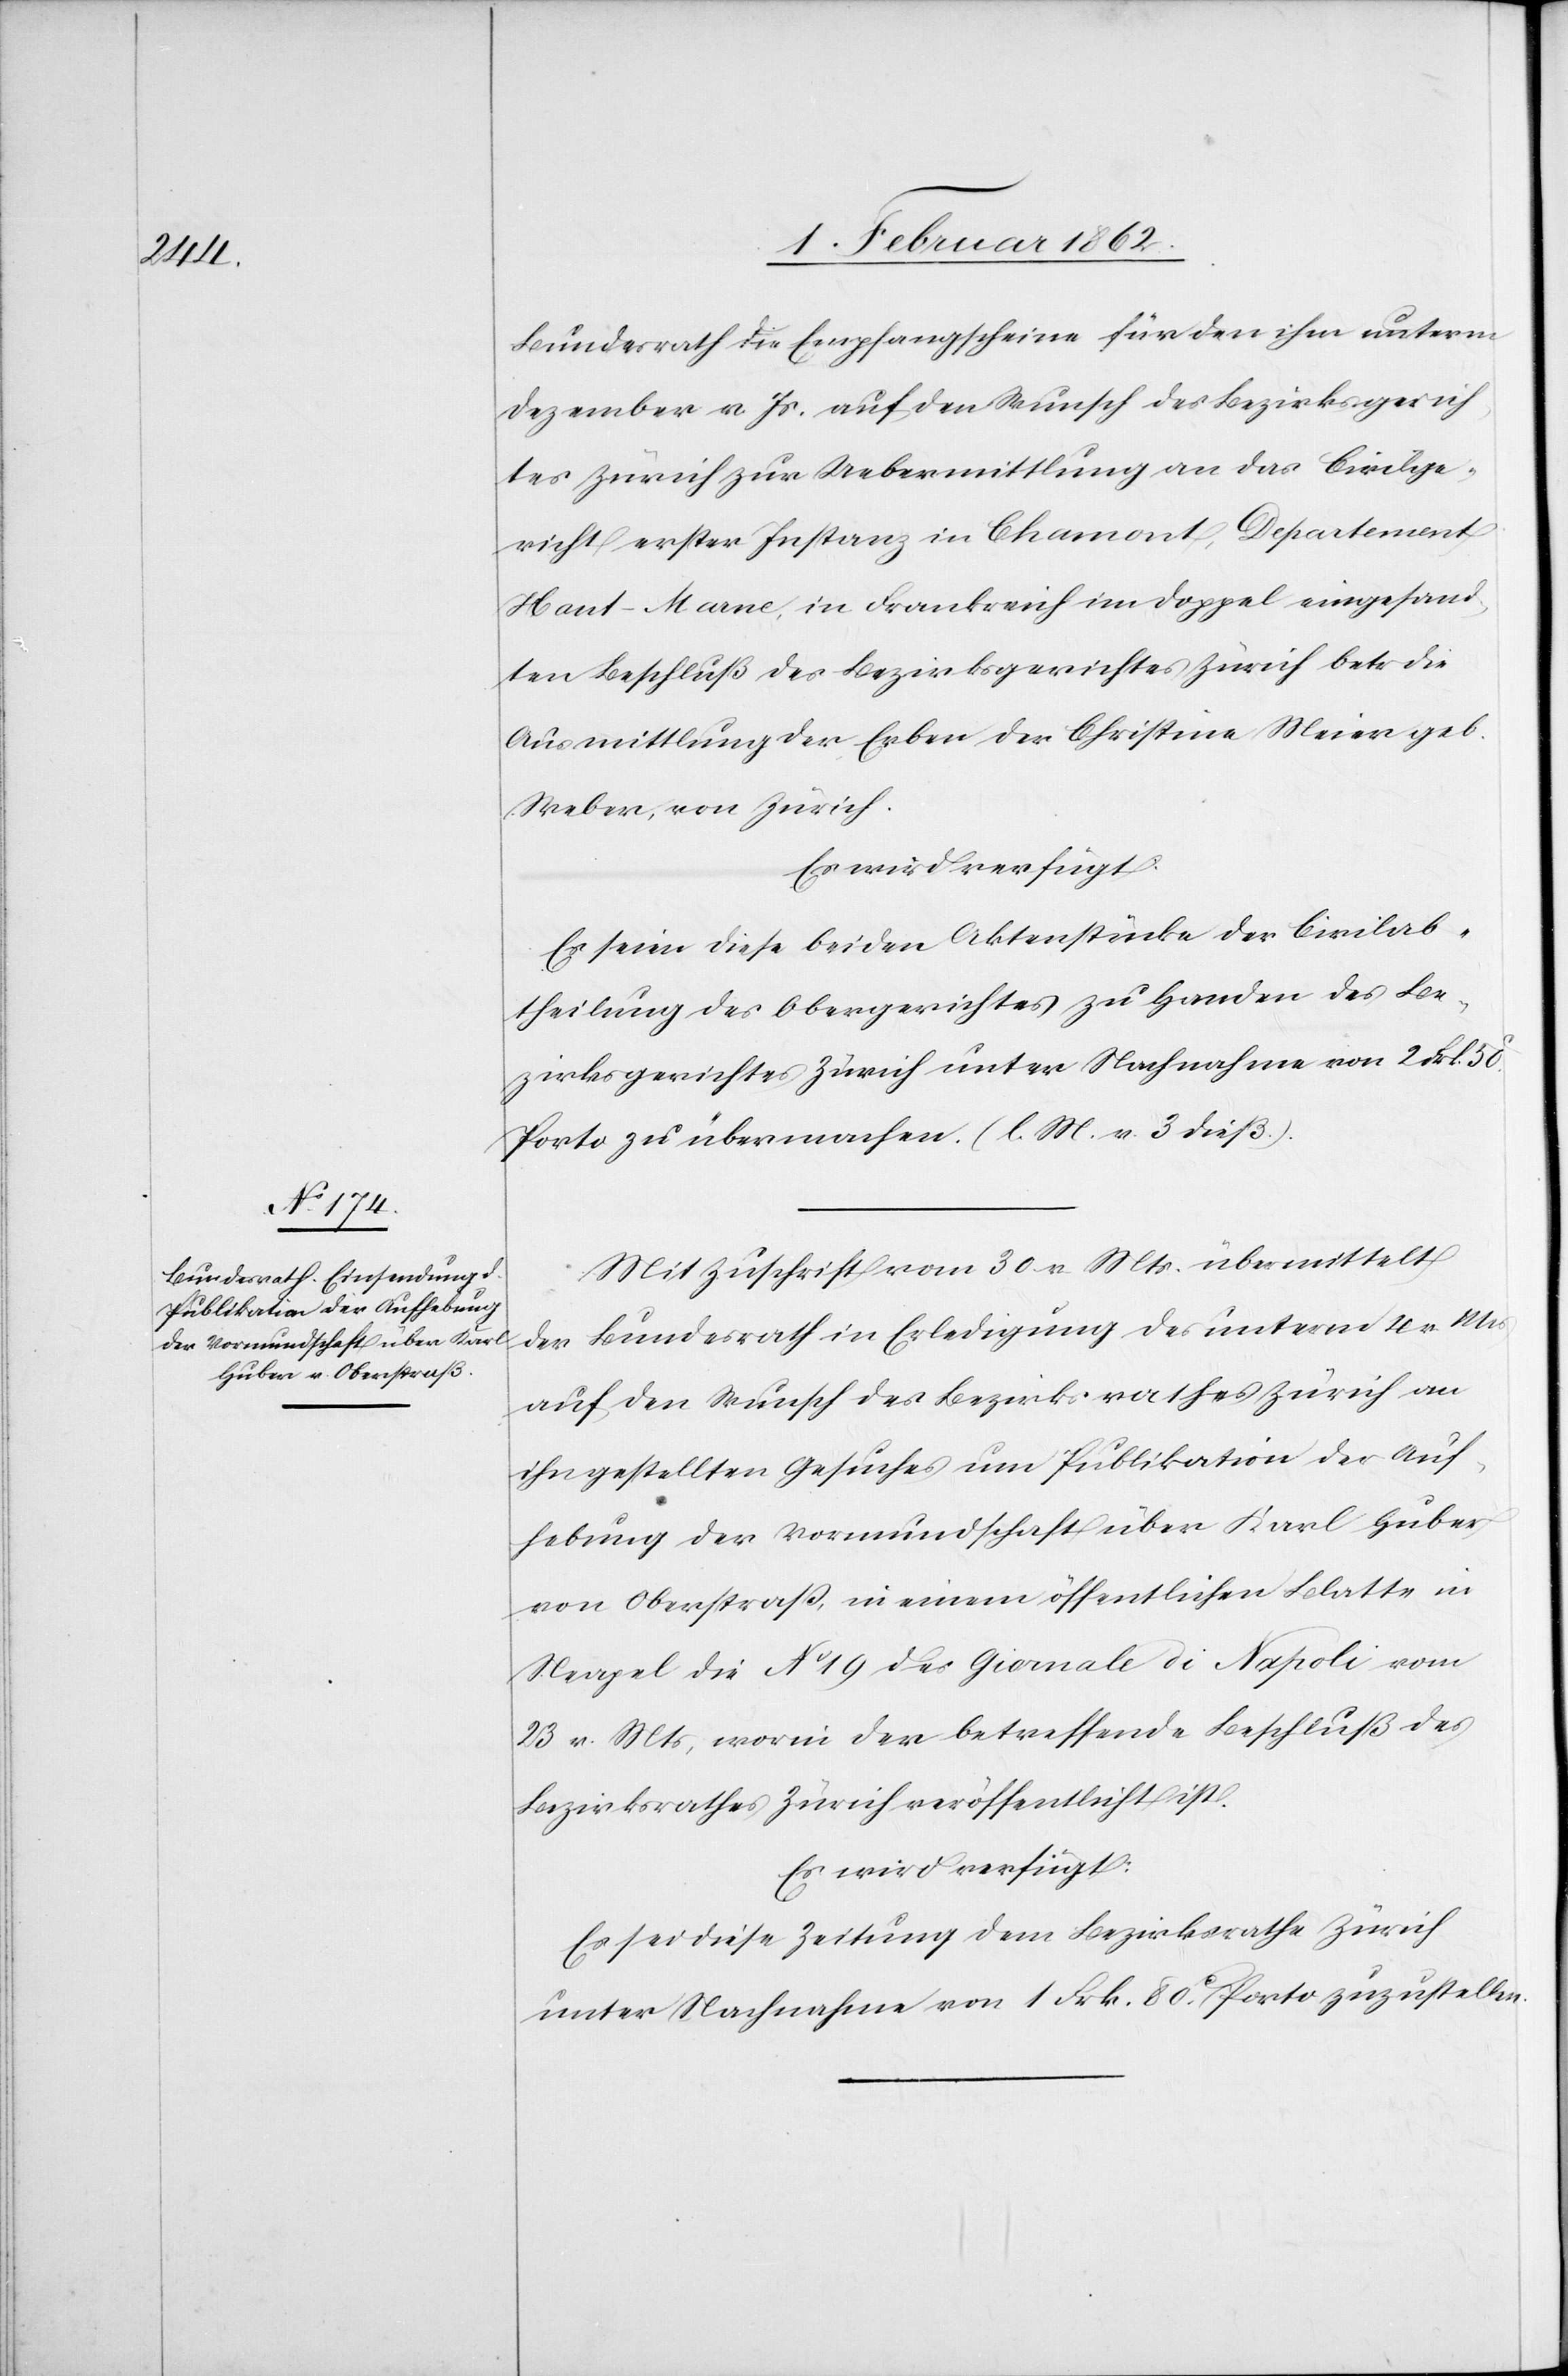
1 Februar 1862.]
Bundesrath die Empfangscheine für den ihm unterm
Dezember v Js. auf den Wunsch des Bezirksgerich¬
tes Zürich zur Uebermittlung an das Civilge¬
richt erster Instanz in Chamont, Departement
Haut-Marne, in Frankreich im Doppel eingesand¬
ten Beschluß des Bezirksgerichtes Zürich betr die
Ausmittlung der Erben der Christina Meier geb.
Weber, von Zürich.
Es wird verfügt:
Es seien diese beiden Aktenstücke der Civilab¬
theilung des Obergerichtes zu Handen des Be¬
zirksgerichtes Zürich unter Nachnahme von 2 Frk.
Porto zu übermachen. (l. M. v. 3 dieß.).
Mit Zuschrift vom 30 v Mts. übermittelt
der Bundesrath in Erledigung des unterm 4 v Mts
auf den Wunsch des Bezirksrathes Zürich an
ihn gestellten Gesuches um Publikation der Auf¬
hebung der Vormundschaft über Karl Huber
von Oberstraß, in einem öffentlichen Blatte in
Neapel die No 19 des Giornale di Napoli vom
23 v. Mts, worin der betreffende Beschluß des
Bezirksrathes Zürich veröffentlicht ist.
Es wird verfügt:
Es sei diese Zeitung dem Bezirksrathe Zürich
unter Nachnahme von 1 Frk. 80c. Porto zuzustellen.